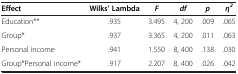
| Effect | Wilks’ Lambda | F | df | p | η2 |
 | --- | --- | --- | --- | --- | --- |
 | Education** | .935 | 3.495 | 4, 200 | .009 | .065 |
 | Group* | .937 | 3.365 | 4, 200 | .011 | .063 |
 | Personal income | .941 | 1.550 | 8, 400 | .138 | .030 |
 | Group*Personal income* | .917 | 2.207 | 8, 400 | .026 | .042 |